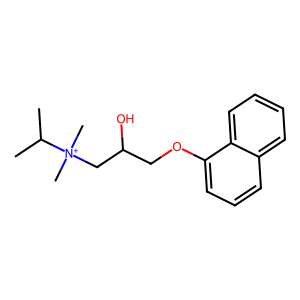
SMILES: CC(C)[N+](C)(C)CC(O)COc1cccc2ccccc12
Inhibits HIV replication: No